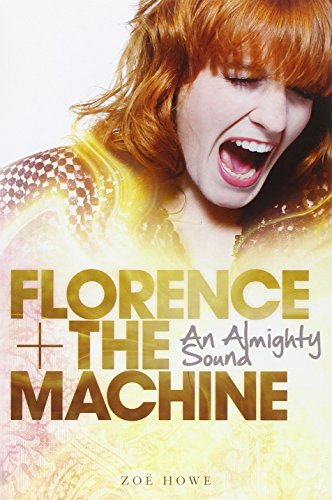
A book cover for Florence + The Machine: An Almighty Sound; Zoe Howe; Children's Books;